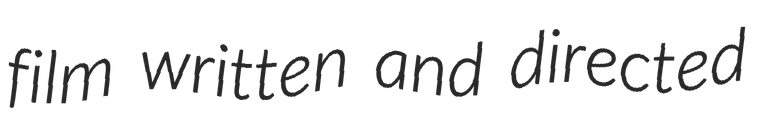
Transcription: film written and directed